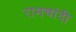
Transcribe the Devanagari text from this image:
रामचांदी